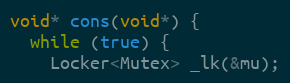
Language: C++
void* cons(void*) {
  while (true) {
    Locker<Mutex> _lk(&mu);